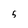
Character: 5